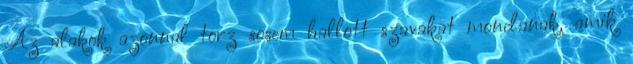
Az alakok azonnal torz sosem hallott szavakat mondanak, amik